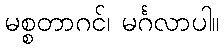
မစ္စတာဂင်၊ မင်္ဂလာပါ။